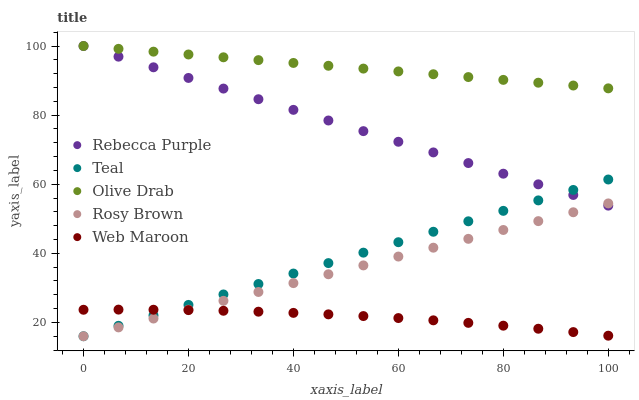
| xaxis_label | Rebecca Purple | Teal | Olive Drab | Rosy Brown | Web Maroon |
 | --- | --- | --- | --- | --- | --- |
 | 0 | 100 | 16 | 100 | 16 | 23.7 |
 | 6.67 | 96.9 | 19 | 99.2 | 18.6 | 23.7 |
 | 13.3 | 93.8 | 22 | 98.4 | 21.1 | 23.7 |
 | 20 | 90.8 | 25.1 | 97.5 | 23.7 | 23.6 |
 | 26.7 | 87.7 | 28.1 | 96.7 | 26.3 | 23.4 |
 | 33.3 | 84.6 | 31.1 | 95.9 | 28.8 | 23.1 |
 | 40 | 81.5 | 34.1 | 95.1 | 31.4 | 22.8 |
 | 46.7 | 78.4 | 37.2 | 94.3 | 33.9 | 22.3 |
 | 53.3 | 75.4 | 40.2 | 93.5 | 36.5 | 21.8 |
 | 60 | 72.3 | 43.2 | 92.6 | 39.1 | 21.3 |
 | 66.7 | 69.2 | 46.2 | 91.8 | 41.6 | 20.6 |
 | 73.3 | 66.1 | 49.3 | 91 | 44.2 | 19.9 |
 | 80 | 63 | 52.3 | 90.2 | 46.8 | 19.1 |
 | 86.7 | 60 | 55.3 | 89.4 | 49.3 | 18.2 |
 | 93.3 | 56.9 | 58.3 | 88.6 | 51.9 | 17.2 |
 | 100 | 53.8 | 61.4 | 87.7 | 54.4 | 16.2 |